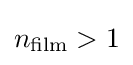
n_{\rm {film}}>1